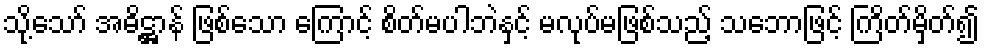
သို့သော် အဓိဋ္ဌာန် ဖြစ်သော ကြောင့် စိတ်မပါဘဲနှင့် မလုပ်မဖြစ်သည့် သဘောဖြင့် ကြိတ်မှိတ်၍